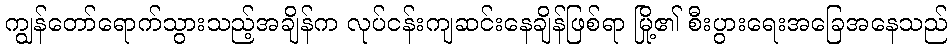
ကျွန်တော်ရောက်သွားသည့်အချိန်က လုပ်ငန်းကျဆင်းနေချိန်ဖြစ်ရာ မြို့၏ စီးပွားရေးအခြေအနေသည်